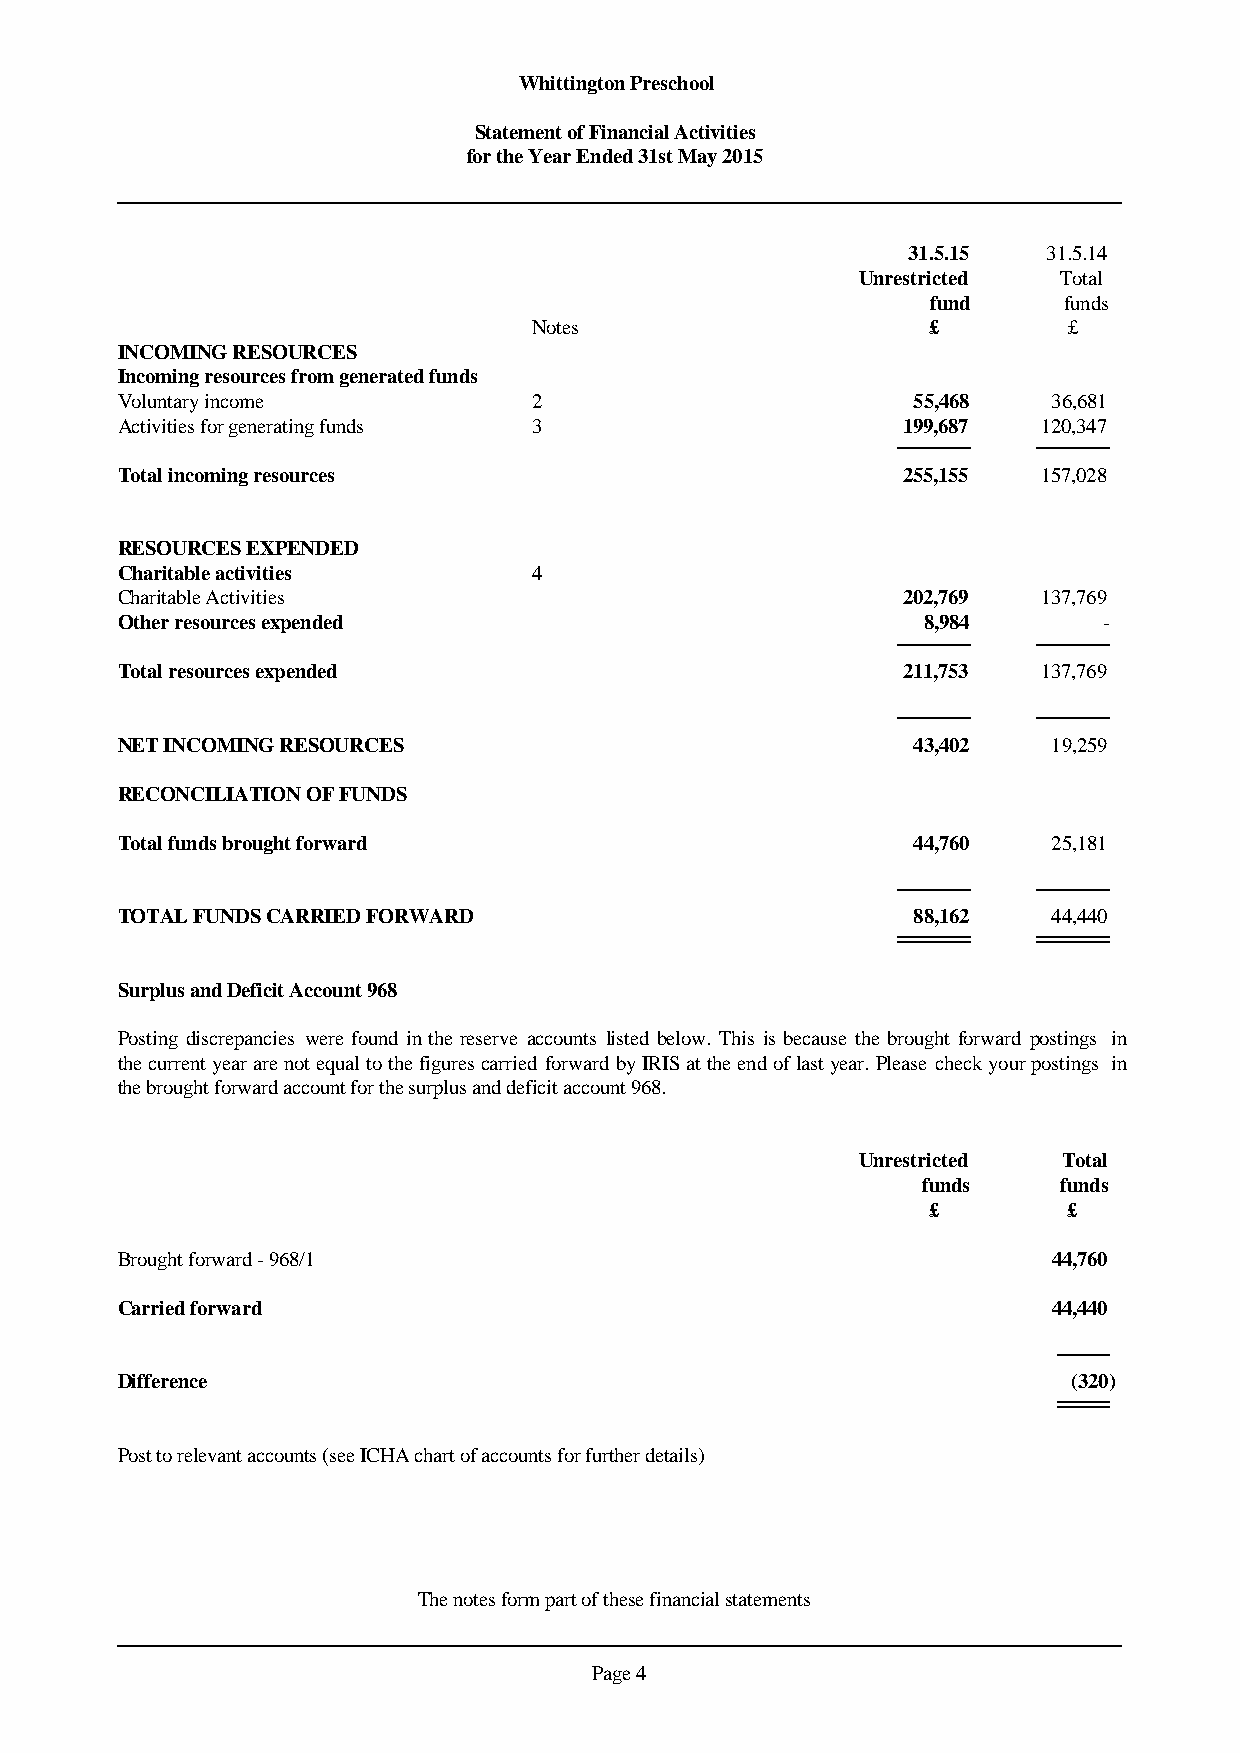
Whittington Preschool
 Statement of Financial Activities
 for the Year Ended 31st May 2015
 31.5.15  31.5.14
 Unrestricted Total
 fund    funds
 Notes                     £         £
 INCOMING RESOURCES
 Incoming resources from generated funds
 Voluntary income           2                        55,468    36,681
 Activities for generating funds 3                   199,687  120,347
 Total incoming resources                            255,155  157,028
 RESOURCES EXPENDED
 Charitable activities      4
 Charitable Activities                               202,769  137,769
 Other resources expended                             8,984       -
 Total resources expended                            211,753  137,769
 NET INCOMING RESOURCES                              43,402    19,259
 RECONCILIATION OF FUNDS
 Total funds brought forward                         44,760    25,181
 TOTAL FUNDS CARRIED FORWARD                         88,162    44,440
 Surplus and Deficit Account 968
 Posting discrepancies werefound in the reserve accounts listed below. This is because the brought forward postings in
 thecurrentyeararenotequaltothefigurescarriedforwardbyIRISattheendoflastyear.Pleasecheckyourpostings in
 the brought forward account for the surplus and deficit account 968.
 Unrestricted Total
 funds    funds
 £         £
 Brought forward - 968/1                                       44,760
 Carried forward                                               44,440
 Difference                                                     (320)
 Post to relevant accounts (see ICHA chart of accounts for further details)
 The notes form part of these financial statements
 Page 4